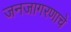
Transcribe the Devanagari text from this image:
जनजागरणाचे